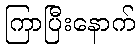
ကြာပြီးနောက်